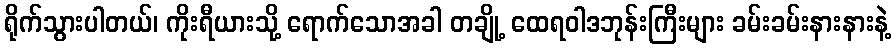
ရိုက်သွားပါတယ်၊ ကိုးရီယားသို့ ရောက်သောအခါ တချို့ ထေရဝါဒဘုန်းကြီးများ ခမ်းခမ်းနားနားနဲ့